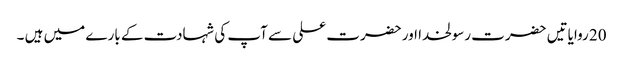
20 روایاتیں حضرت رسولخدا اور حضرت علی سے آپ کی شہادت کے بارے میں ہیں ۔